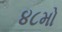
૪૮મો